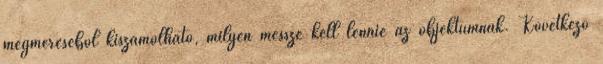
megméréséből kiszámolható, milyen messze kell lennie az objektumnak. Következő